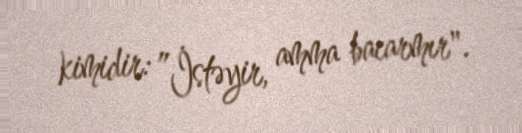
kimidir: ”İstəyir, amma bacarmır".